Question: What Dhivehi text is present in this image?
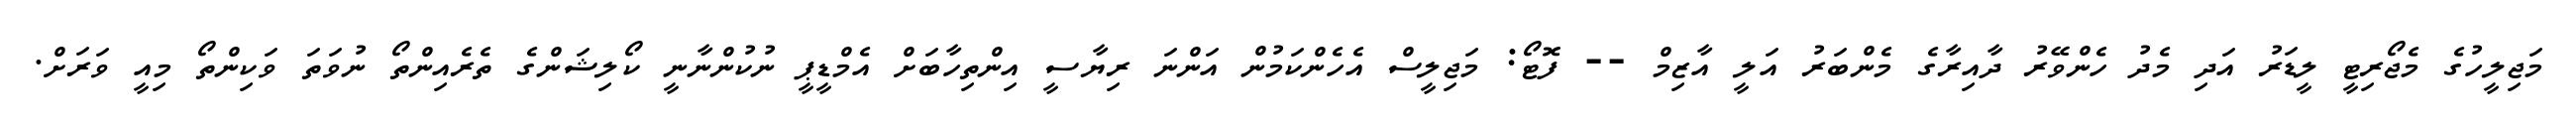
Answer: މަޖިލީހުގެ މެޖޯރިޓީ ލީޑަރު އަދި މެދު ހެންވޭރު ދާއިރާގެ މެންބަރު އަލީ އާޒިމް -- ފޮޓޯ: މަޖިލީސް އެހެންކަމުން އަންނަ ރިޔާސީ އިންތިހާބަށް އެމްޑީޕީ ނުކުންނާނީ ކޯލިޝަންގެ ތެރެއިންތޯ ނުވަތަ ވަކިންތޯ މިއީ ވަރަށް.